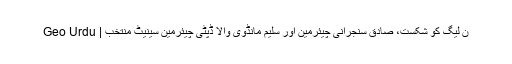
ن لیگ کو شکست، صادق سنجرانی چیئرمین اور سلیم مانڈوی والا ڈپٹی چیئرمین سینیٹ منتخب | Geo Urdu